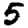
Digit: 5